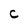
Character: C